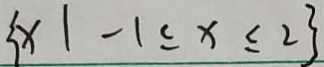
\{ x \vert - 1 \leq x \leq 2 \}